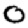
Digit: 0